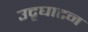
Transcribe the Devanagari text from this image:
उदृघाटन